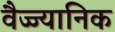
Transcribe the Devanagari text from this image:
वैज्ज्यानिक